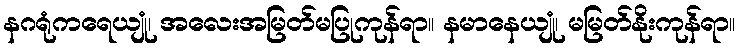
နဂရုံကရေယျုံ၊ အလေးအမြတ်မပြုကုန်ရာ။ နမာနေယျုံ၊ မမြတ်နိုးကုန်ရာ။